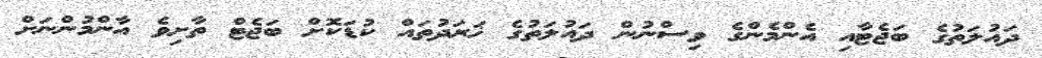
ދައުލަތުގެ ބަޖެޓާއި އެންމެންގެ ވިސްނުން ދައުލަތުގެ ޚަރަދުތައް ކުޑަކޮށް ބަޖެޓް ތާށިވެ އާންމުންނަށް